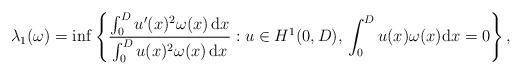
LaTeX: \begin{align*}\lambda_1(\omega) = \inf \left\{ \frac{\int_0^D u'(x)^2\omega(x)\,\textrm{d}x}{\int_0^D u(x)^2\omega(x)\,\textrm{d}x} :u \in H^1(0,D),\,\int_0^D u(x)\omega(x)\textrm{d}x = 0 \right\},\end{align*}